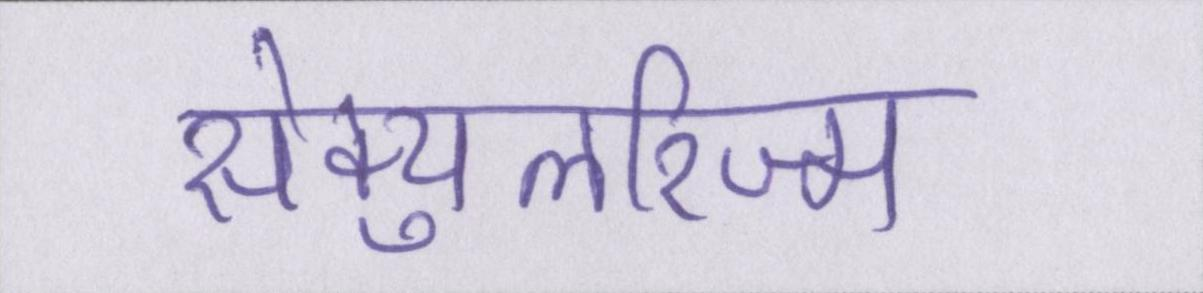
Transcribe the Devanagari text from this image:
सेक्युलरिज्म